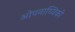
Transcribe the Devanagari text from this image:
ओपनाय्यिको